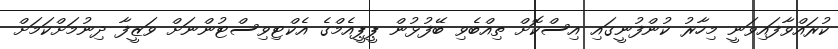
ކުރައްވާފައިވަނީ މިހާރު ކުންފުނީގައި އިސްކޮށް ތިއްބެވި ބޭފުޅުން ޕީޕީއެމްގެ އެކްޓިވިސްޓުންނަށް ވަޒީފާ ދިނުމަށްކަމަށް